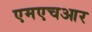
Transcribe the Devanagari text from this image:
एमएचआर